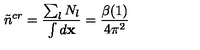
\tilde { n } ^ { c r } = \frac { \sum _ { l } N _ { l } } { \int d { \bf x } } = \frac { \beta ( 1 ) } { 4 \pi ^ { 2 } }